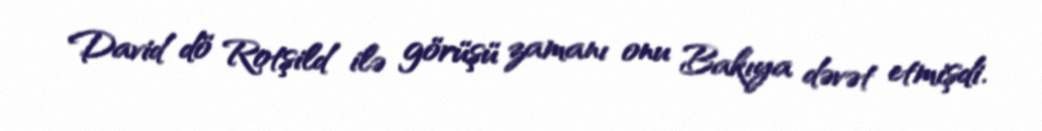
David dö Rotşild ilə görüşü zamanı onu Bakıya dəvət etmişdi.